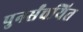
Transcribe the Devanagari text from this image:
पुनर्संचयित